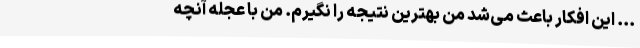
... این افکار باعث می‌شد من بهترین نتیجه را نگیرم. من با عجله آنچه